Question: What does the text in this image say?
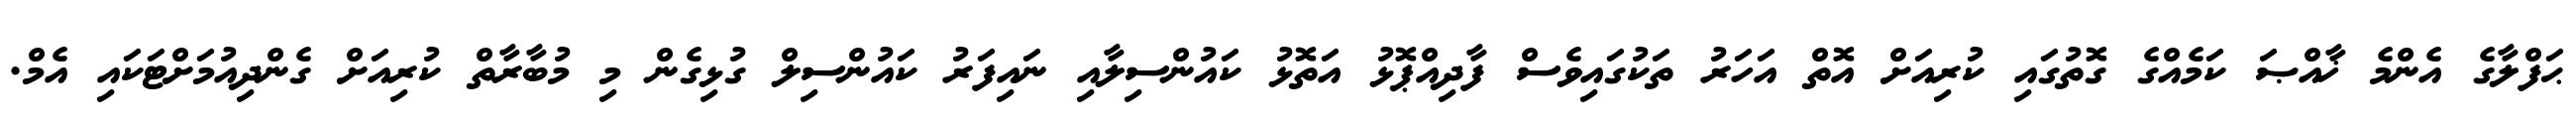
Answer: ޙަފްލާގެ އެންމެ ޚާއްޞަ ކަމެއްގެ ގޮތުގައި ކުރިއަށް އޮތް އަހަރު ތަކުގައިވެސް ފާދިއްޕޮޅު އަތޮޅު ކައުންސިލާއި ނައިފަރު ކައުންސިލް ގުޅިގެން މި މުބާރާތް ކުރިއަށް ގެންދިއުމަށްޓަކައި އެމް.